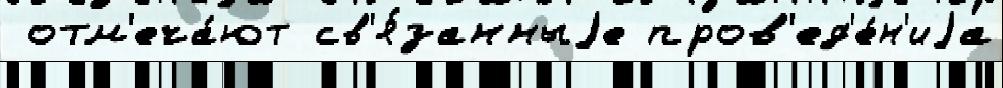
 отм'еча́ют св'я́занныjе пров'ед'е́н'иjа